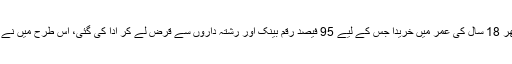
انیل مسرت کا کہنا تھا کہ انہوں نے اپنا پہلا گھر 18 سال کی عمر میں خریدا جس کے لیے 95 فیصد رقم بینک اور رشتہ داروں سے قرض لے کر ادا کی گئی، اس طرح میں نے گھر خریدنے اور کرایے پر دینے کا آغاز کیا۔